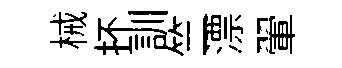
械抔訓竺漂翬